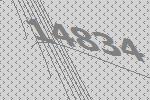
14834